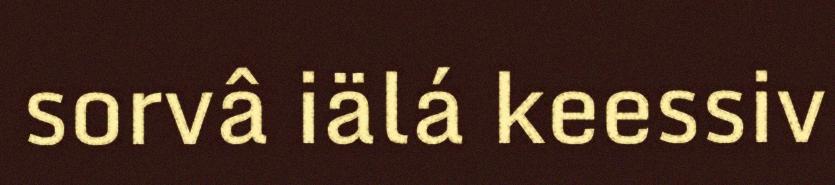
sorvâ iälá keessiv